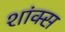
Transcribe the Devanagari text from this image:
शांक्स